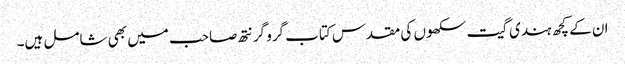
ان کے کچھ ہندی گیت سکھوں کی مقدس کتاب گرو گرنتھ صاحب میں بھی شامل ہیں۔